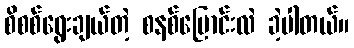
စိစစ်ရွေးချယ်တဲ့ စနစ်ပြောင်းလဲ ခဲ့ပါတယ်။